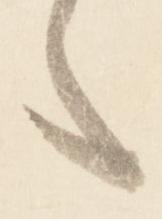
々